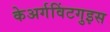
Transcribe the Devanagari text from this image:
केअर्गविंटगुइस